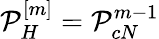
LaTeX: \mathcal{P}_{H}^{[m]}=\mathcal{P}_{cN}^{m-1}